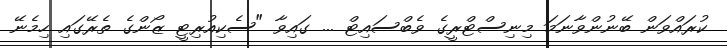
ކުރައްވަން ބޭނުންވާނަމަ މިނިސްޓްރީގެ ވެބްސައިޓް ... ގައިވާ "ސެކިއުރިޓީ ޒޯންގެ ތެރޭގައި ހިމެނޭ